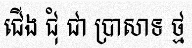
ជើង ជុំ ជា ប្រាសាទ ថ្ម